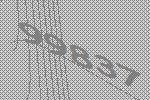
99837